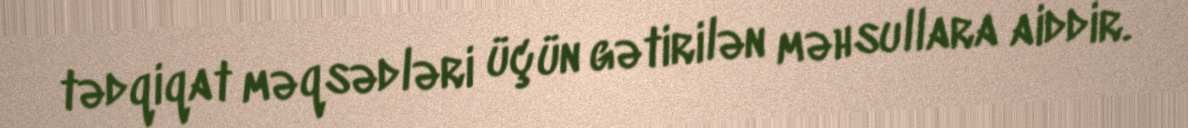
tədqiqat məqsədləri üçün gətirilən məhsullara aiddir.